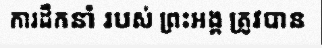
ការដឹកនាំ របស់ ព្រះអង្គ ត្រូវបាន